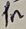
Text: 1n